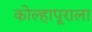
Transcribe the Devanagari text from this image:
कोल्हापूराला